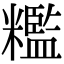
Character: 糮